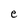
Character: e